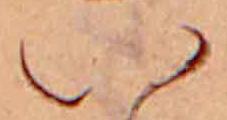
い